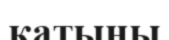
қатыны